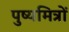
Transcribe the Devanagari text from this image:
पुष्यमित्रों